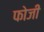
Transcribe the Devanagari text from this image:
फोजी